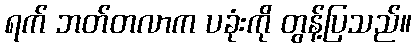
ရက် ဘတ်တလာက ပခုံးကို တွန့်ပြသည်။